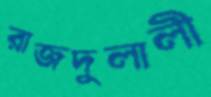
রাজদুলালী